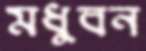
মধুবন